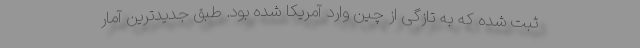
ثبت شده که به تازگی از چین وارد آمریکا شده بود. طبق جدیدترین آمار